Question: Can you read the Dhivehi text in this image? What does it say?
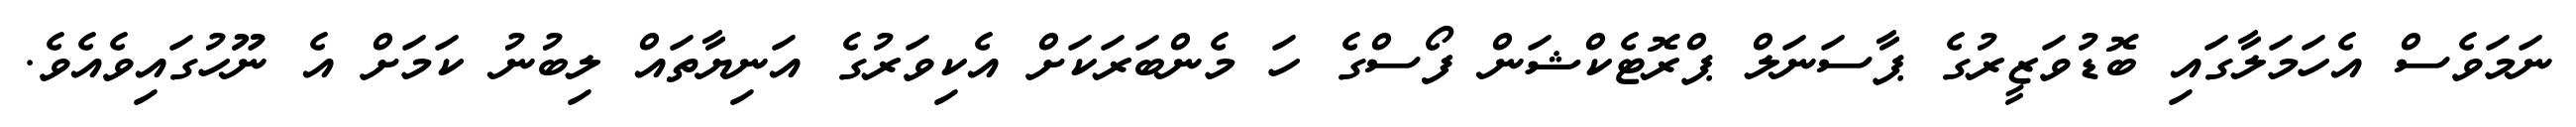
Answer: ނަމަވެސް އެހަމަލާގައި ބޮޑުވަޒީރުގެ ޕާސަނަލް ޕްރޮޓެކްޝަން ފޯސްގެ ހަ މެންބަރަކަށް އެކިވަރުގެ އަނިޔާތައް ލިބުނު ކަމަށް އެ ނޫހުގައިވެއެވެ.